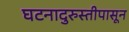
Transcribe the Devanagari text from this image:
घटनादुरुस्तीपासून